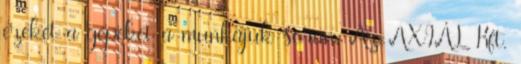
ezeket a gépeket a munkájuk során. Az AXIÁL Kft.